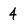
Character: 4